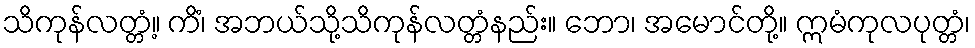
သိကုန်လတ္တံ့။ ကိံ၊ အဘယ်သို့သိကုန်လတ္တံနည်း။ ဘော၊ အမောင်တို့။ ဣမံကုလပုတ္တံ၊